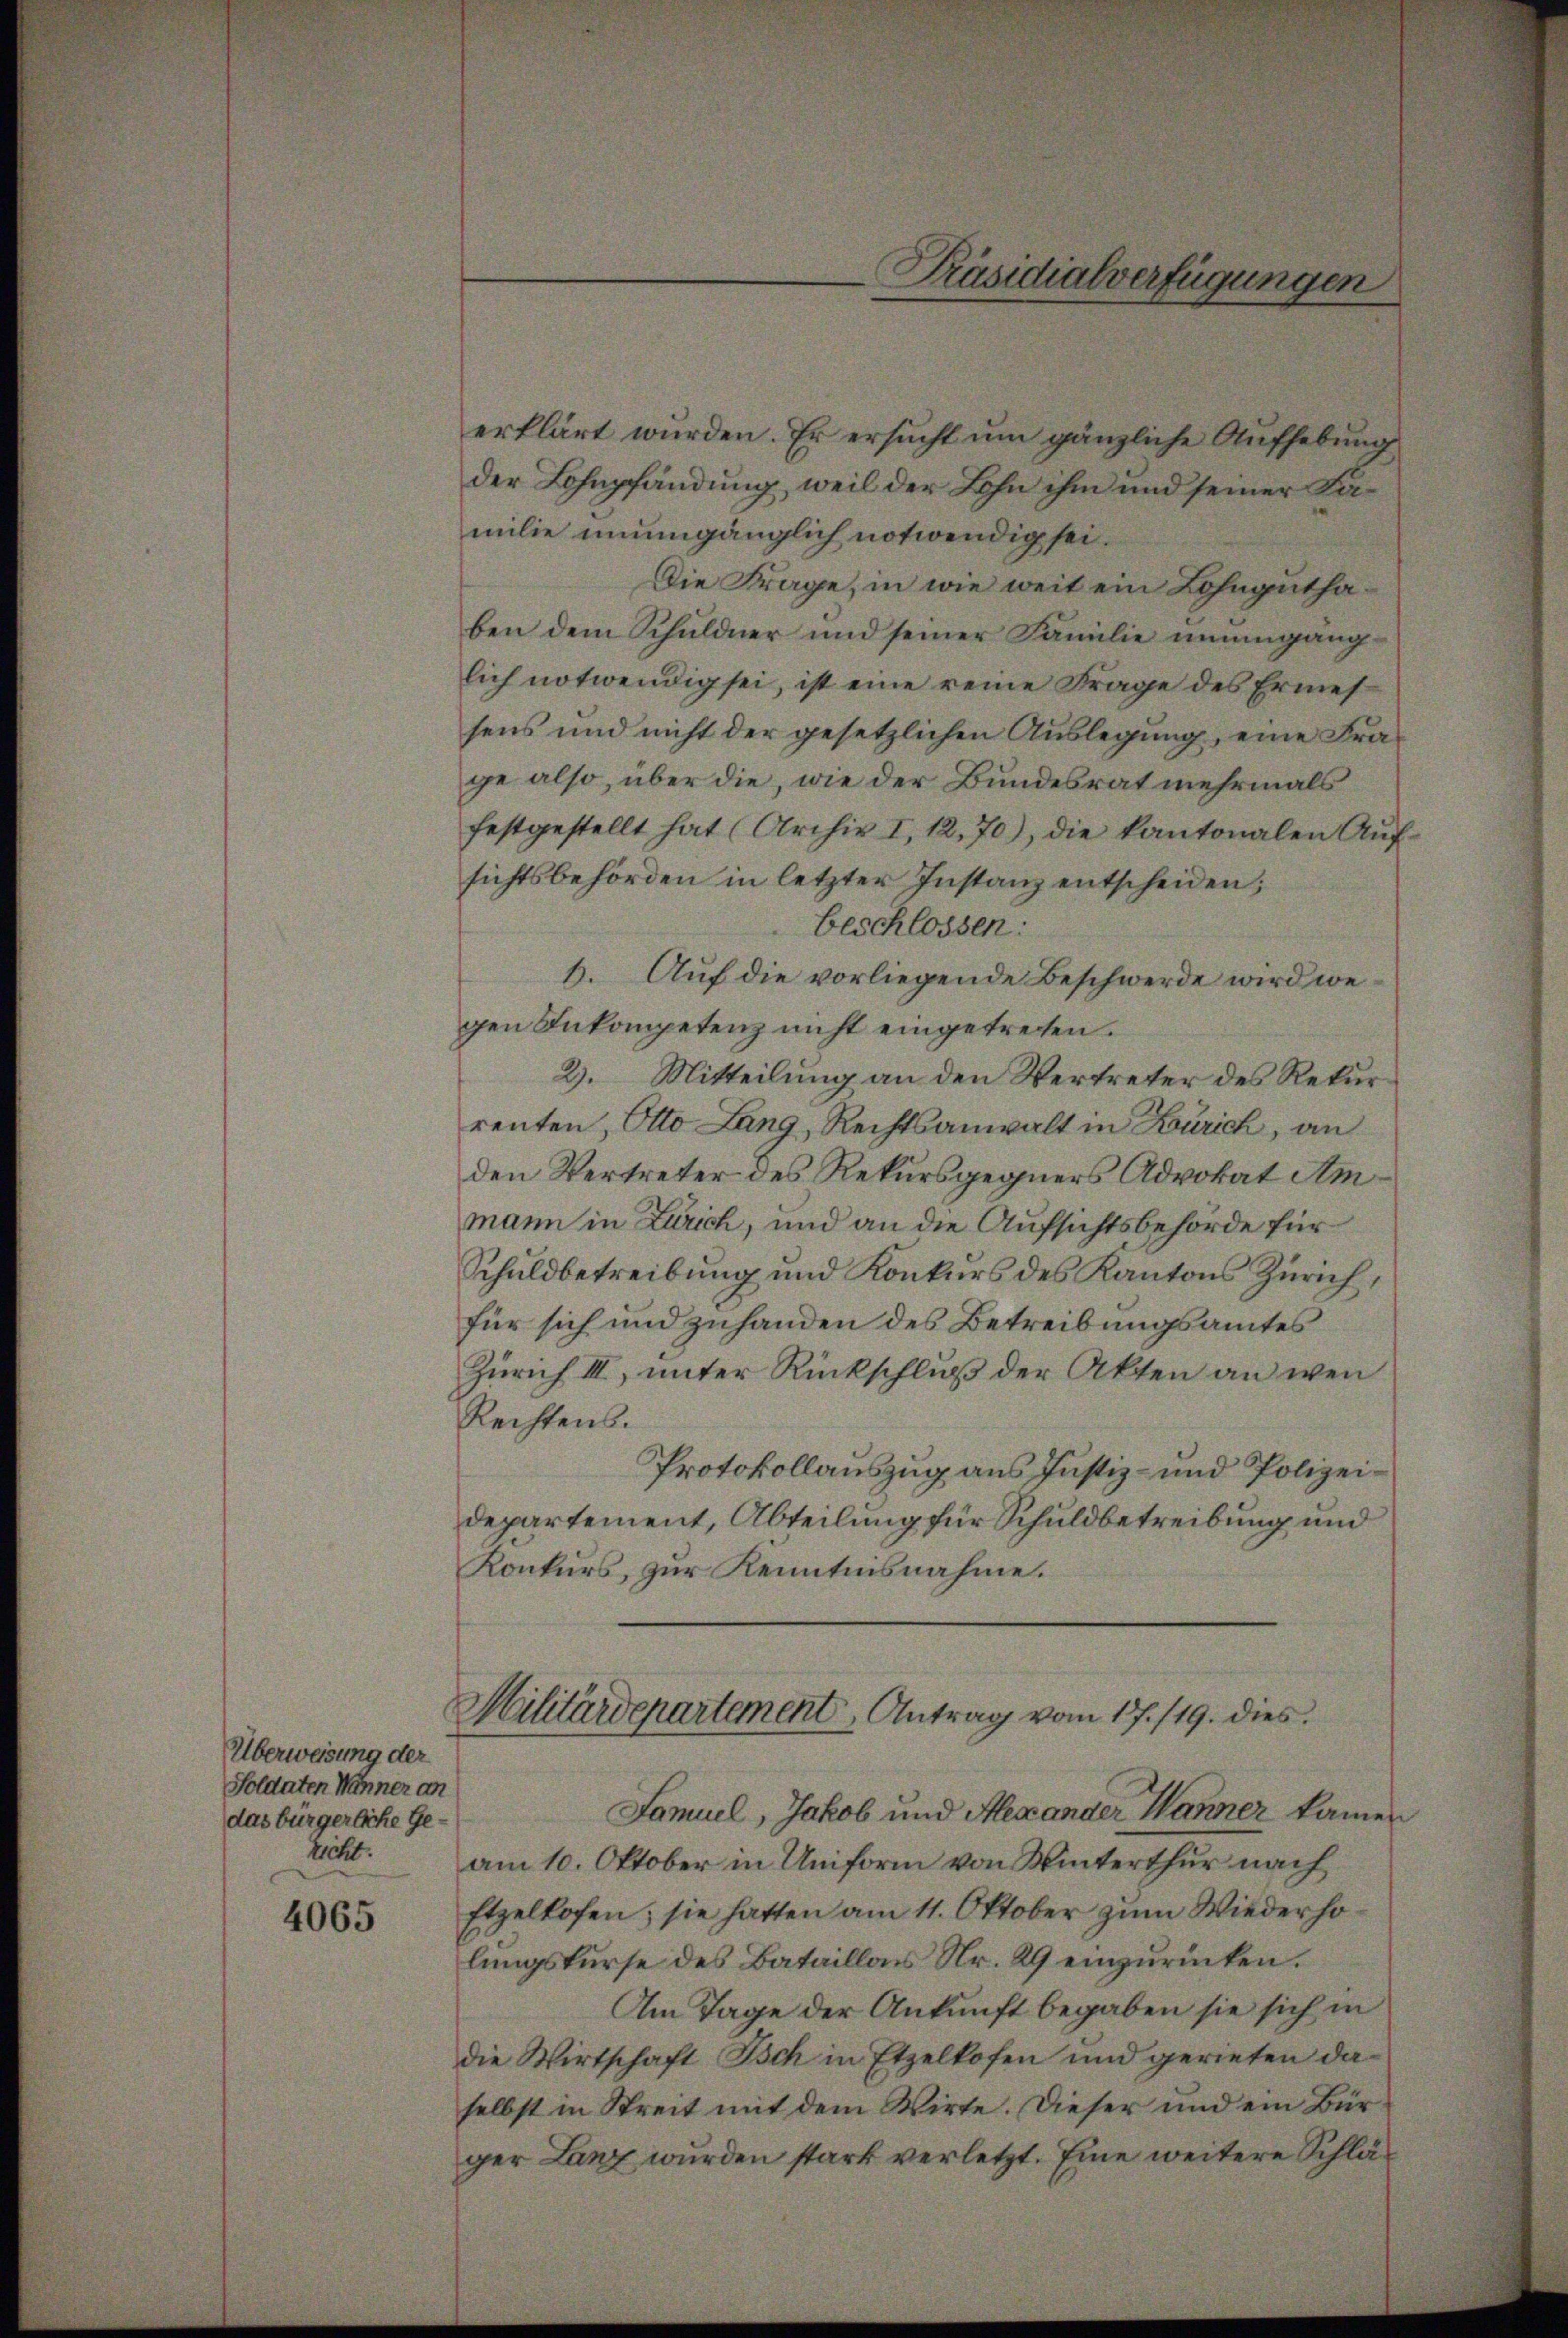
Überweisung der
Soldaten Männer an
das bürgerliche Geticht.

4065

erklärt würden. Er ersucht um gänzliche Aufhebung
der Lohnpfändung, weil der Lohn ihm und seiner Familie unumgänglich notwendig sei.
Die Frage, in wie weit ein Lohnguthaben dem Schuldner und seiner Familie unumgänglich notwendig sei, ist eine reine Frage des Ermessens und nicht der gesetzlichen Auslegung, eine Frage also, über die, wie der Bundesrat mehrmals
festgestellt hat (Archiv I, 12. 70), die kantonalen Aŭf-
sichtsbehörden in letzter Instanz entscheiden;
beschlossen:
6. Auf die vorliegende Beschwerde wird wegen Inkompetenz nicht eingetreten.
2). Mitteilung an den Vertreter des Rekur
renten, Otto Lang, Rechtsanwalt in Zürich, an
den Vertreter des Rekursgegners Advokat Ammann in Zürich, und an die Aufsichtsbehörde für
Schuldbetreibung und Konkurs des Kantons Zürich,
für sich und zuhanden des Betreibungsamtes
Zürich III, unter Rückschluß der Akten an wen
Rechtens.
Protokollauszug aus Justiz- und Polizeidepartement, Abteilung für Schuldbetreibung und
Konkurs, zur Kenntnisnahme.

Präsidialverfügungen

Militärdepartement Antrag vom 17./19. dies

Samuel, Jakob und Alexander Wanner kamen
am 10. Oktober in Uniform von Winterthur nach
Etzelhofen; sie hatten am 11. Oktober zum Wiederholungskurse des Bataillons Nr. 29 einzuricken.
Am Tage der Ankunft begaben sie sich in
die Wirtschaft Isch in Etzelkofen und gerieten daselbst in Streit mit dem Wirte. Dieser und ein Bürger Lanz wurden stark verletzt. Eine weitere Schlä¬